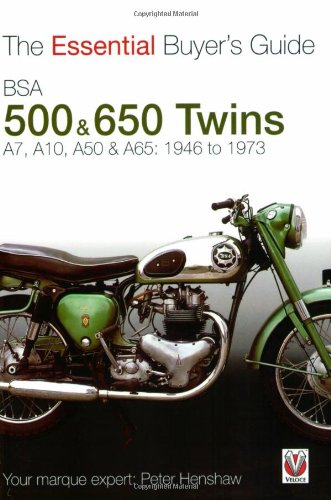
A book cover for BSA 500 & 650 Twins: The Essential Buyer's Guide; Peter Henshaw; Arts & Photography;